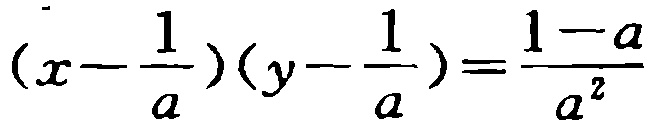
\((x - \frac{1}{a})(y - \frac{1}{a}) = \frac{1 - a}{a^{2}}\)